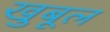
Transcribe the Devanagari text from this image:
खुबूल